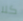
كلا